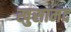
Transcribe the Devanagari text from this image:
खुसामद